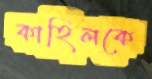
কাহিলকে